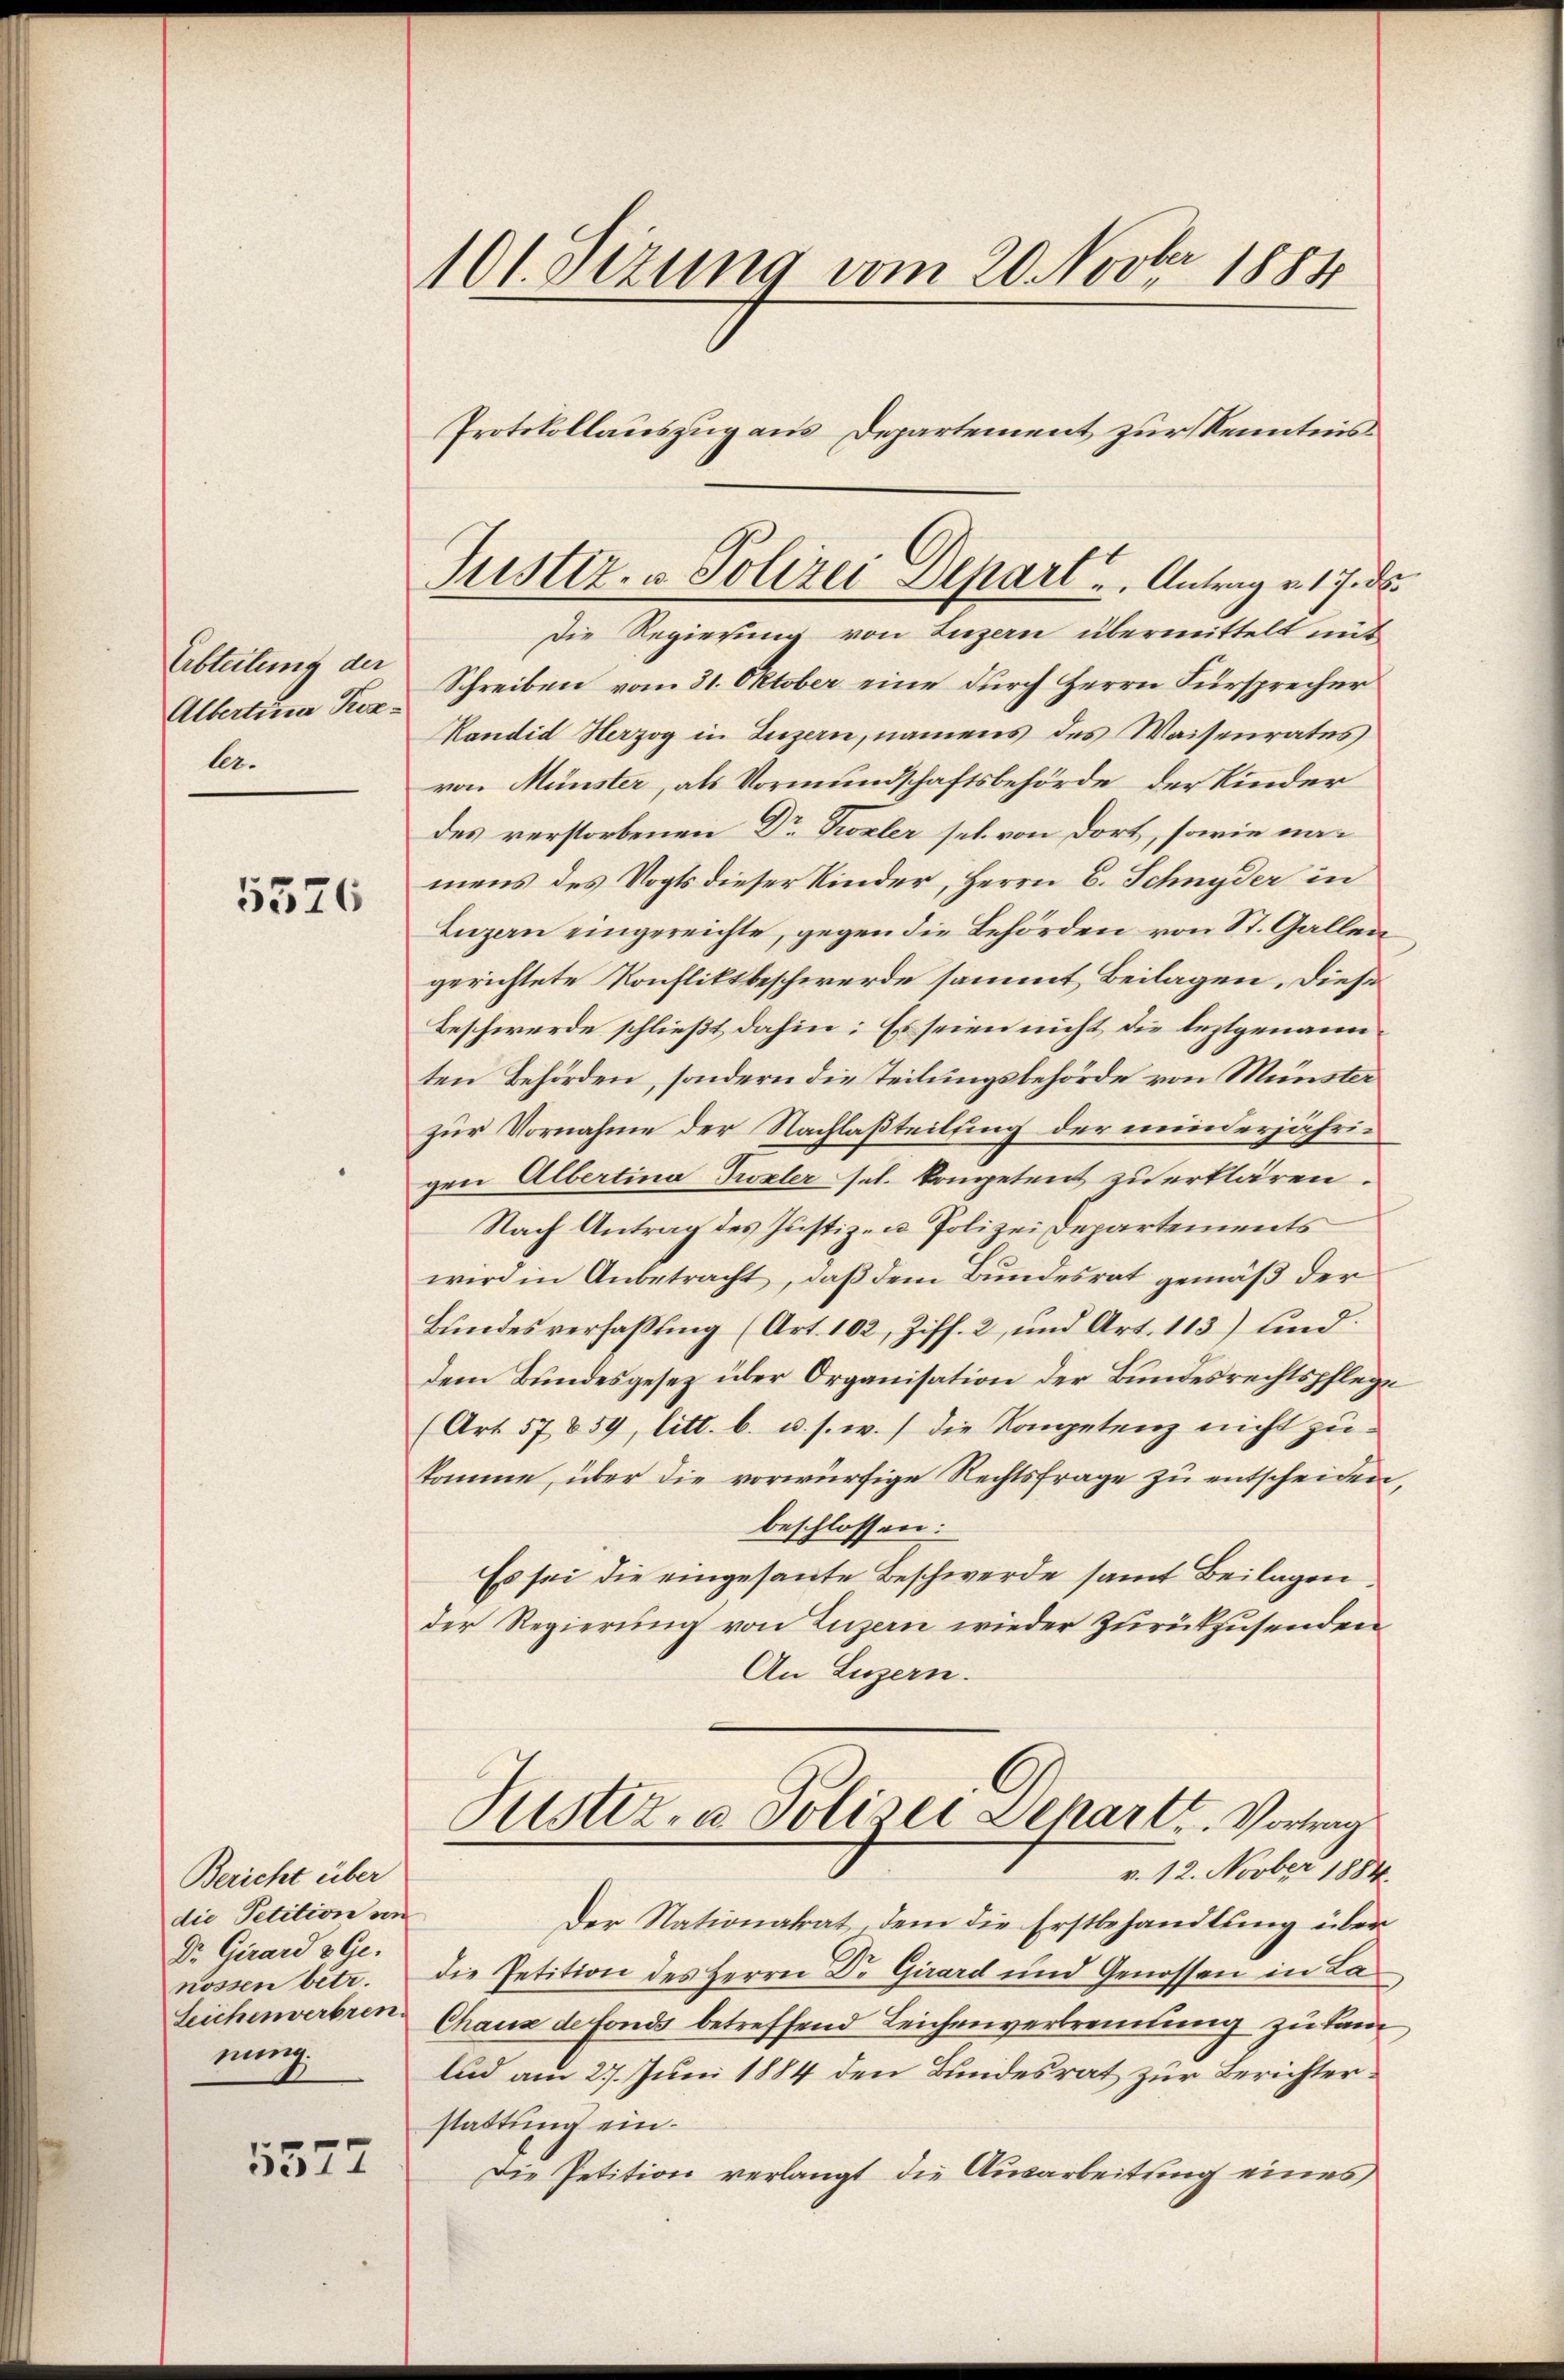
Erbteilung der
Albertina Kerle.

5376

Bericht über
die Petition von
Dr. Girard & Ge-
nossen betr.
nung.

5577

101. sezung vom 20. Novber 1884
Protokollauszug aus Departement zur Kenntnis

Die Regierung von Luzern übermittelt mit
Schreiben vom 31. Oktober eine durch Herrn Fürsprecher
Kandid Herzog in Luzern, namens des Waisenrates
von Münster, als Vormundschaftsbehörde der Kinder
des verstorbenen Dr Trozler sel. von dort, sowie namens des Vogts dieser Kinder, Herrn C. Schnyder in
Luzern eingereichte, gegen die Behörden von St. Gallen
gerichtete Konfliktbeschwerde sammt Beilagen. Diese
Beschwerde schließt dahin: Es seien nicht die leztgenann
ten Behörden, sondern die Teilungsbehörde von Münster
zur Vornahme der Nachlaßteilung der minderjährigen Albertina Trzler sel. kompetent zu erklären.
Nach Antrag des Justiz- u. Polizei Departements
wird in Anbetracht, daß dem Bundesrat gemäß der
Bundesverfaßung (Art. 102, Ziff. 2, und Art. 113) und
Dem Bundesgesez über Organisation der Bundesrechtspflege
(Art. 57859, litt. b. u. s. w.) die Kompetenz nicht zukomme, über die vorwürfige Rechtsfrage zu entscheiden,
beschlossen:
Es sei die eingesante Beschwerde samt Beilagen
der Regierung von Luzern wieder zurückzusenden
An Luzern.
Justiz- u. Polizei Depart. Vortrags
v. 12. Novber 1884.
Der Nationalrat, dem die Erstbehandlung über
die Petition des Herrn Dr. Girard und Genossen in La¬
Leichenverbren Chaus de fonds betreffend Leichenverbrennung zu kam
lud am 27. Juni 1884 den Bundesrat zur Berichterstattung ein.
Die Petition verlangt die Ausarbeitung eines

Justiz- & Polizei Depart ..  Antrag v. 17. ds.